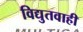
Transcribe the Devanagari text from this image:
विद्युतवाही